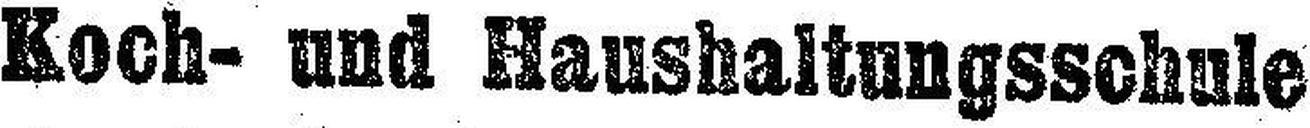
Koch- und Haushaltungsschule